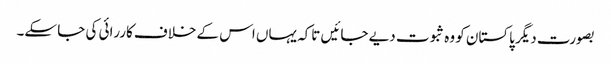
بصورت دیگر پاکستان کو وہ ثبوت دیے جائیں تاکہ یہاں اس کے خلاف کاررائی کی جا سکے۔